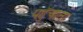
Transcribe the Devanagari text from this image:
पहुॅचाता